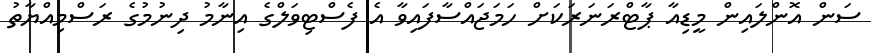
ސަން އޮންލައިން މީޑިއާ ޕާޓްރަނަރަކަށް ހަމަޖައްސާފައިވާ އެ ފެސްޓިވަލްގެ އިނާމު ދިނުމުގެ ރަސްމިއްޔާތު